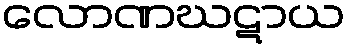
လောဏဃဋာယ